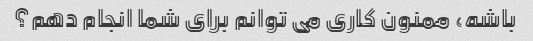
باشه، ممنون کاری می توانم برای شما انجام دهم؟